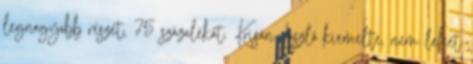
legnagyobb részét, 75 százalékát. Krisán László kiemelte, nem lehet